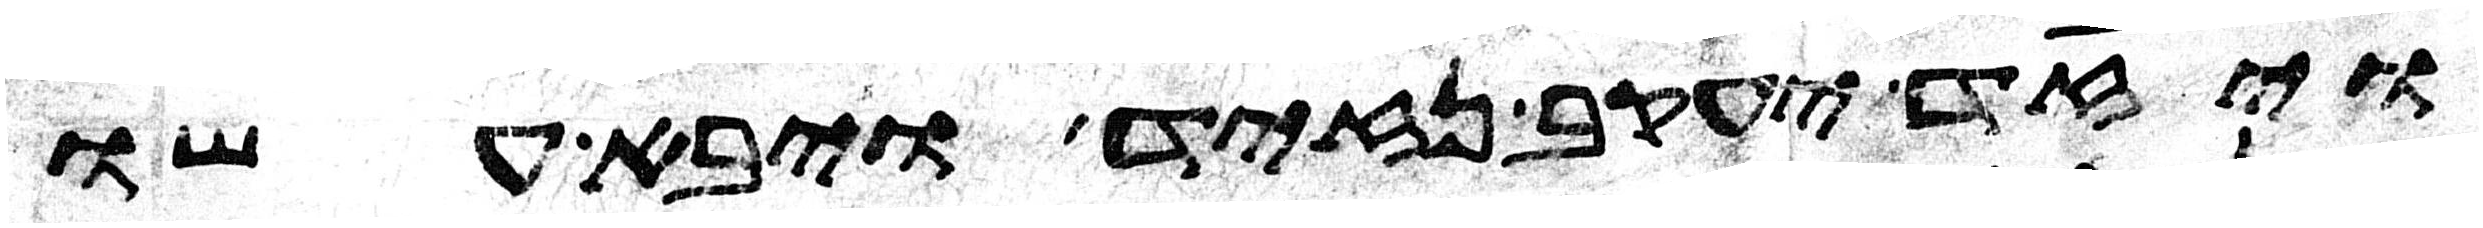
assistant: ויזד יעקב נזיד ויבא עשו